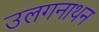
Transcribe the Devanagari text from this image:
उलगनाथन